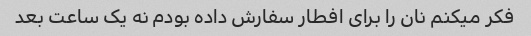
فکر میکنم نان را برای افطار سفارش داده بودم نه یک ساعت بعد